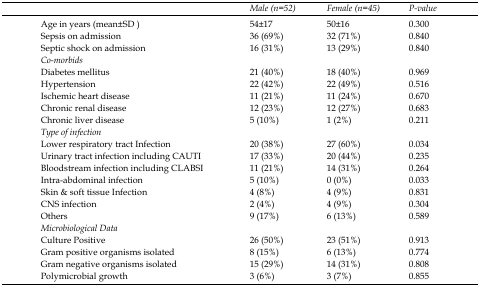
|  | Male (n=52) | Female (n=45) | P-value |
 | --- | --- | --- | --- |
 | Age in years (mean±SD) | 54±17 | 50±16 | 0.300 |
 | Sepsis on admission | 36 (69%) | 32 (71%) | 0.840 |
 | Septic shock on admission | 16 (31%) | 13 (29%) | 0.840 |
 | Co-morbids |  |  |  |
 | Diabetes mellitus | 21 (40%) | 18 (40%) | 0.969 |
 | Hypertension | 22 (42%) | 22 (49%) | 0.516 |
 | Ischemic heart disease | 11 (21%) | 11 (24%) | 0.670 |
 | Chronic renal disease | 12 (23%) | 12 (27%) | 0.683 |
 | Chronic liver disease | 5 (10%) | 1 (2%) | 0.211 |
 | Type of infection |  |  |  |
 | Lower respiratory tract Infection | 20 (38%) | 27 (60%) | 0.034 |
 | Urinary tract infection including CAUTI | 17 (33%) | 20 (44%) | 0.235 |
 | Bloodstream infection including CLABSI | 11 (21%) | 14 (31%) | 0.264 |
 | Intra-abdominal infection | 5 (10%) | 0 (0%) | 0.033 |
 | Skin & soft tissue Infection | 4 (8%) | 4 (9%) | 0.831 |
 | CNS infection | 2 (4%) | 4 (9%) | 0.304 |
 | Others | 9 (17%) | 6 (13%) | 0.589 |
 | Microbiological Data |  |  |  |
 | Culture Positive | 26 (50%) | 23 (51%) | 0.913 |
 | Gram positive organisms isolated | 8 (15%) | 6 (13%) | 0.774 |
 | Gram negative organisms isolated | 15 (29%) | 14 (31%) | 0.808 |
 | Polymicrobial growth | 3 (6%) | 3 (7%) | 0.855 |